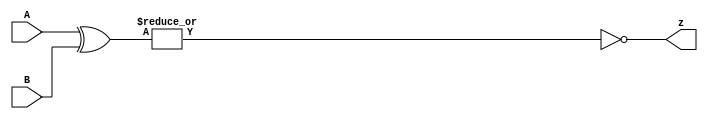
module top_module ( input [1:0] A, input [1:0] B, output z ); 
    wire [1:0]y;
	assign y = A^B;
    assign z =~(|y);
endmodule